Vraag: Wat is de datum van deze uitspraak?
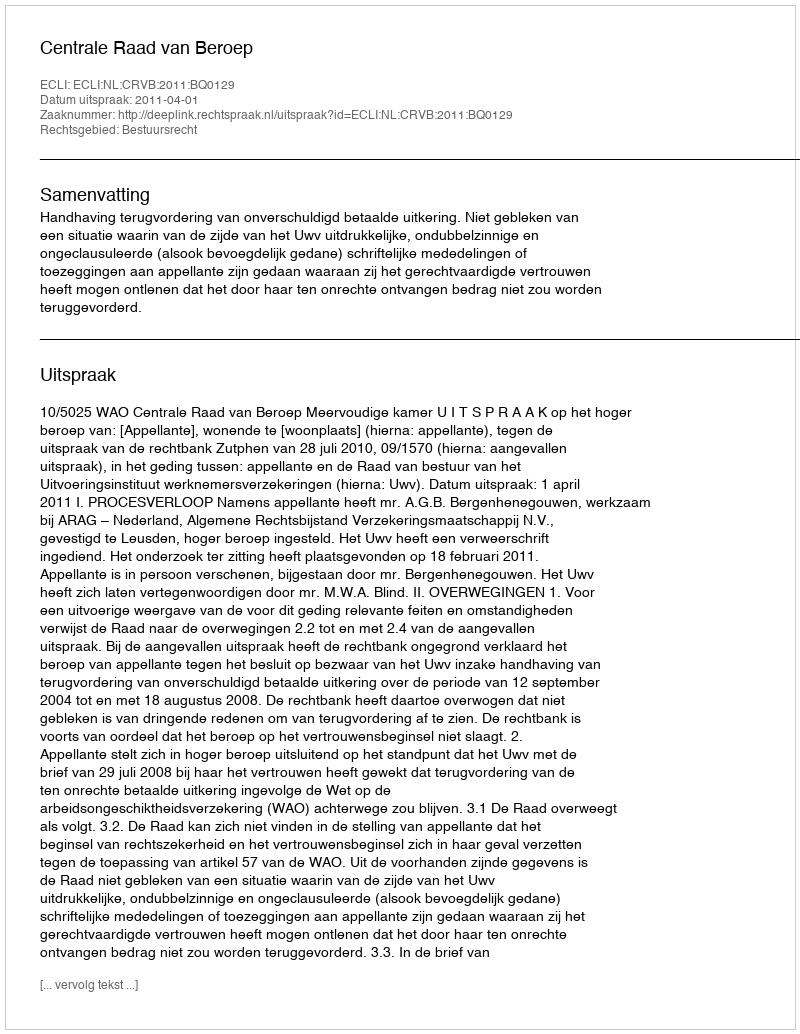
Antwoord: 2011-04-01